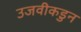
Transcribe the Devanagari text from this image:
उजवीकडुन